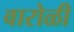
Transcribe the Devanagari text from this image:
वारोळी